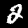
Digit: 2